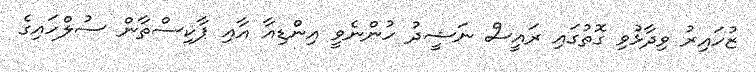
ޒުހައިރު ވިދާޅުވި ގޮތުގައި ރައީސް ނަޝީދު ހުންނެވީ އިންޑިއާ އާއި ޕާކިސްތާން ސުލްހައިގެ